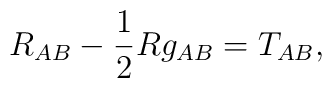
R_{AB} - {1 \over 2}R g_{AB} = T_{AB},